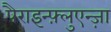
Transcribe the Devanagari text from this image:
पैराइन्फ़्लुएन्ज़ा